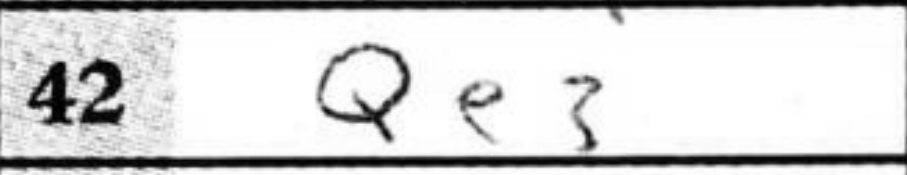
Transcription: Qe3